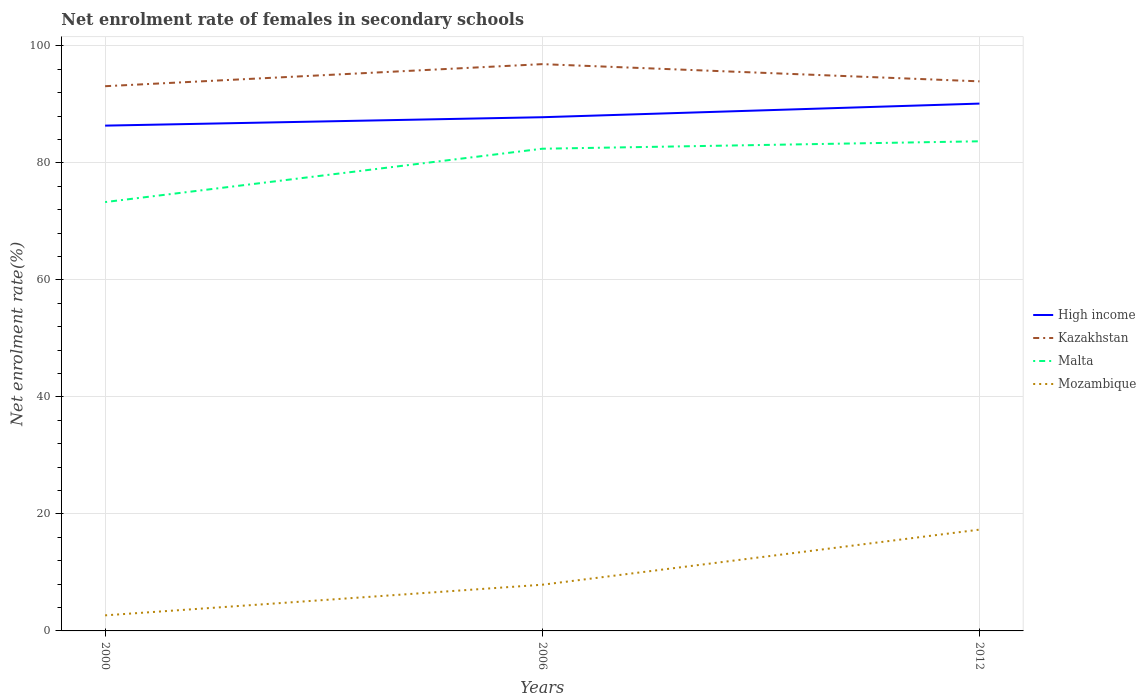
| Years | High income | Kazakhstan | Malta | Mozambique |
 | --- | --- | --- | --- | --- |
 | 2000 | 86.4 | 93.1 | 73.3 | 2.66 |
 | 2006 | 87.8 | 96.9 | 82.4 | 7.9 |
 | 2012 | 90.1 | 93.9 | 83.7 | 17.3 |